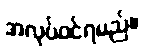
အလုပ်ဝင်ရမည်။